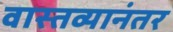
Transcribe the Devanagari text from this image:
वास्तव्यानंतर